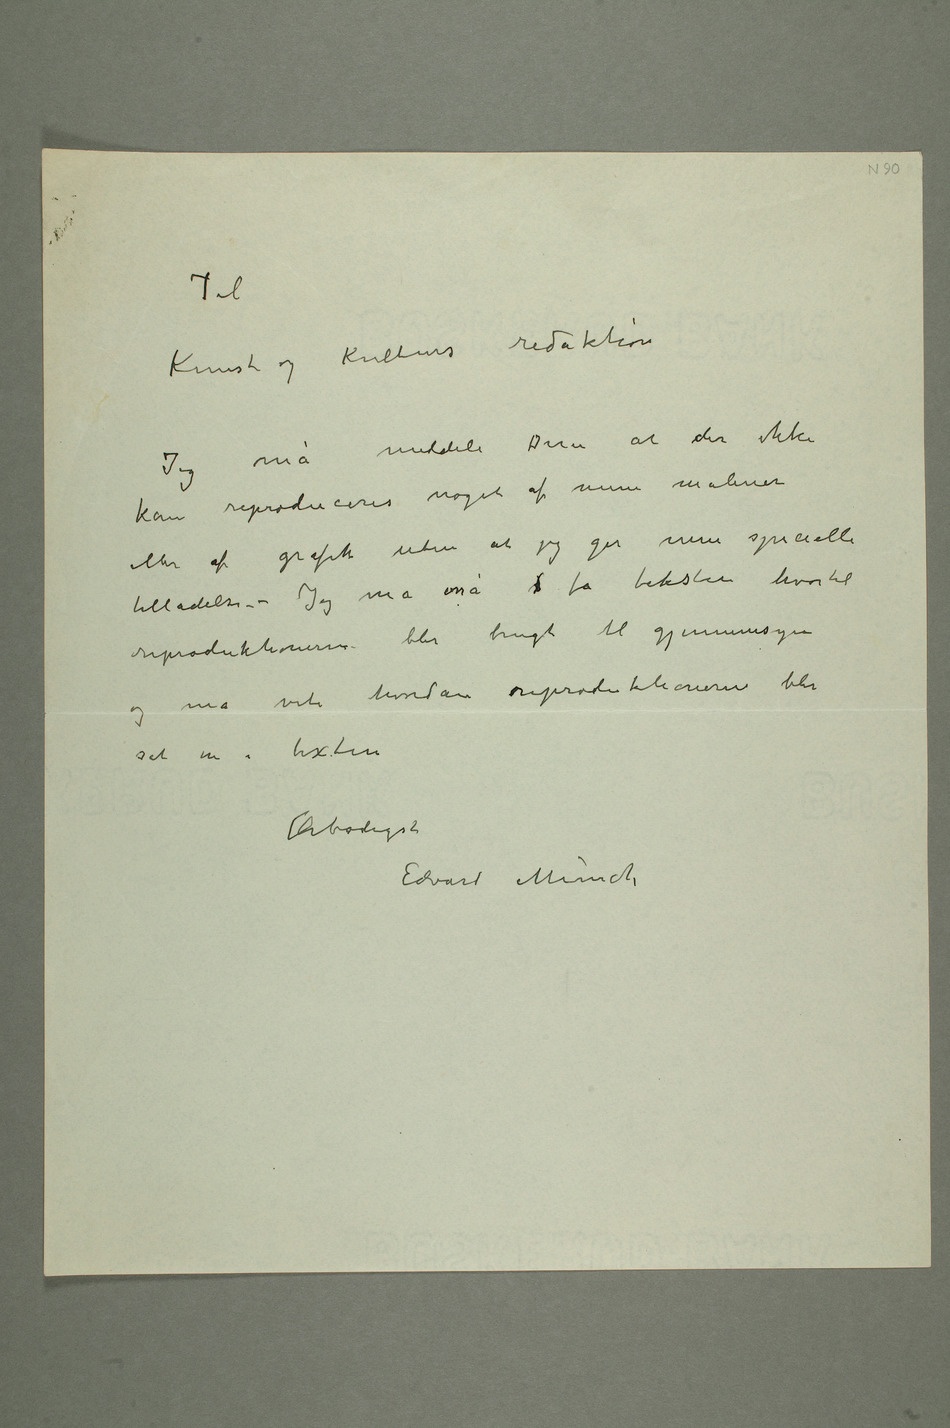
Til
Kunst og Kulturs
meddele Dem at
kan reproduceres noget af mine malerier
eller af grafik uten at jeg gir min specielle
tilladelse – Jeg må osså s få teksten hvortil
blir brugt til gjennemsyn
og må vite hvordan reproduktionerne blir sat
i texten
Ærbødigst
Edvard Munch